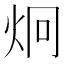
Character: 炯